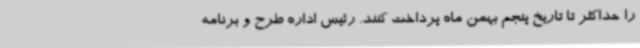
را حداکثر تا تاریخ پنجم بهمن ماه پرداخت کنند. رئیس اداره طرح و برنامه